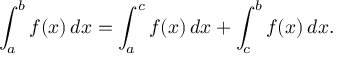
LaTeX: \int _ { a } ^ { b } f ( x ) \, d x = \int _ { a } ^ { c } f ( x ) \, d x + \int _ { c } ^ { b } f ( x ) \, d x .